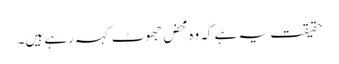
حقیقت یہ ہے کہ وہ محض جھوٹ کہہ رہے ہیں۔